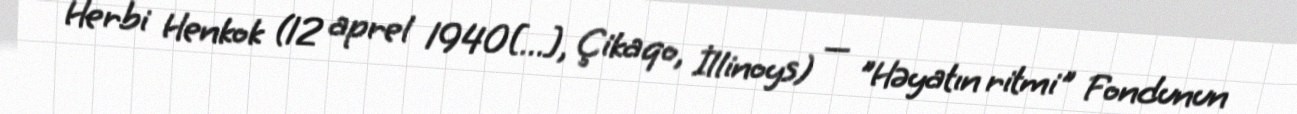
Herbi Henkok (12 aprel 1940[…], Çikaqo, İllinoys) — "Həyatın ritmi" Fondunun